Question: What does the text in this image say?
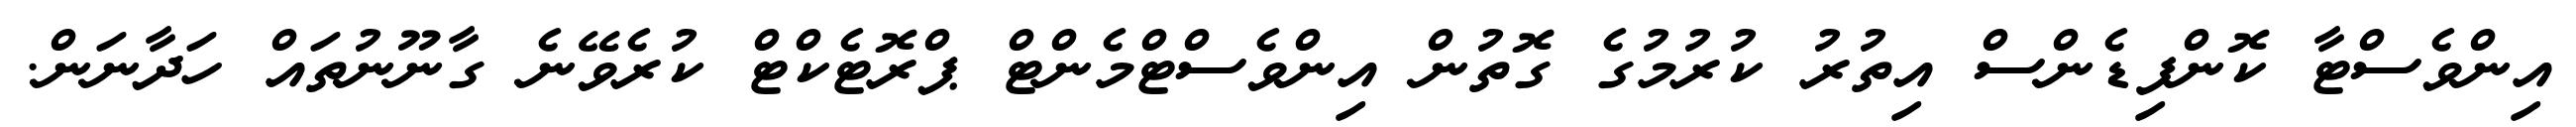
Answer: އިންވެސްޓާ ކޮންފިޑެންސް އިތުރު ކުރުމުގެ ގޮތުން އިންވެސްޓްމެންޓް ޕްރޮޓެކްޓް ކުރެވޭނެ ގާނޫނުތައް ހަދާނަން.